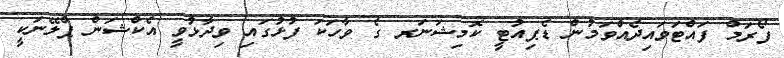
ފޯރަމް ފައްޓަވައިދެއްވަމުން ޑެޕިއުޓީ ކޮމިޝަނަރ ގެ ވާހަކަ ފުޅުގައި ވިދާޅުވީ އެކްޝަން ޕްލޭނަކީ